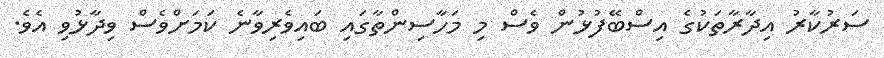
ސަރުކާރު އިދާރާތަކުގެ އިސްބޭފުޅުން ވެސް މި މަހާސިންތާގައި ބައިވެރިވާނެ ކަމަށްވެސް ވިދާޅުވި އެވެ.